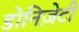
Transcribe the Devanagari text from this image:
डोनिज़ेटी